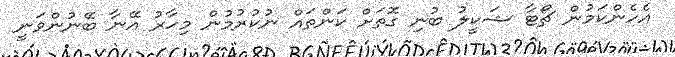
އެހެންކަމުން ޗޯޓާ ޝަކީލު ބުނި ގޮތަށް ކަންތައް ނުކުރުމުން މިހާރު އޭނާ ބޭނުންވަނީ